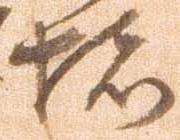
堵